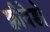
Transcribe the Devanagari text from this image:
क्वीवेडो